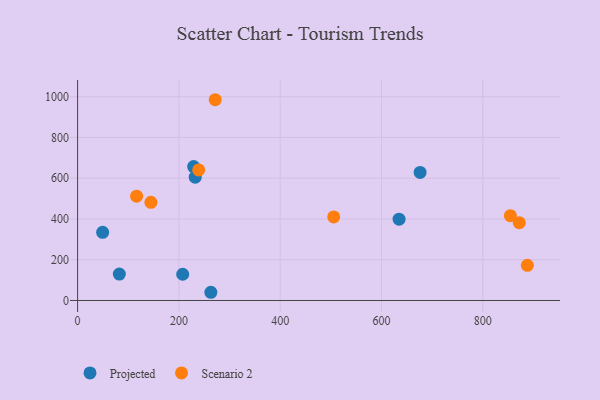
{"axis": {"x": "Engine Size", "y": "Profit"}, "legend": ["Projected", "Scenario 2"], "data": [{"x": "232.2", "y": 605.0, "type": "Projected"}, {"x": "676.2", "y": 628.5, "type": "Projected"}, {"x": "229.1", "y": 656.9, "type": "Projected"}, {"x": "82.4", "y": 129.7, "type": "Projected"}, {"x": "634.7", "y": 398.8, "type": "Projected"}, {"x": "263.1", "y": 40.3, "type": "Projected"}, {"x": "49.4", "y": 334.5, "type": "Projected"}, {"x": "207.5", "y": 128.7, "type": "Projected"}, {"x": "271.7", "y": 985.1, "type": "Scenario 2"}, {"x": "239.1", "y": 640.8, "type": "Scenario 2"}, {"x": "116.5", "y": 511.9, "type": "Scenario 2"}, {"x": "144.7", "y": 481.6, "type": "Scenario 2"}, {"x": "888.0", "y": 172.6, "type": "Scenario 2"}, {"x": "854.5", "y": 416.3, "type": "Scenario 2"}, {"x": "505.6", "y": 409.9, "type": "Scenario 2"}, {"x": "872.0", "y": 381.7, "type": "Scenario 2"}]}